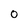
Character: 0